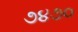
૭૪૭૦